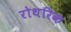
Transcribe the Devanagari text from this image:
रोथरिक